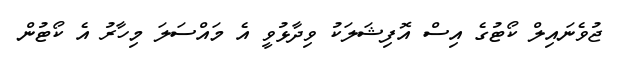
ޖުވެނައިލް ކޯޓުގެ އިސް އޮފިޝަލަކު ވިދާޅުވީ އެ މައްސަލަ މިހާރު އެ ކޯޓުން